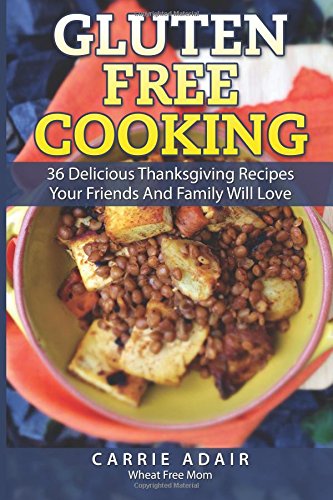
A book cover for Gluten Free Cooking: 36 Delicious Thanksgiving Recipes Your Friends And Family W; Carrie Adair; Cookbooks, Food & Wine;